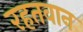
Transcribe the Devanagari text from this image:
रहतवान